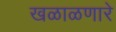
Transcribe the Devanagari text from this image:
खळाळणारे